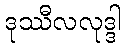
ဒုဿီလလုဒ္ဒါ